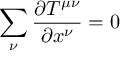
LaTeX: \sum _ { \nu } \frac { \partial T ^ { \mu \nu } } { \partial x ^ { \nu } } = 0